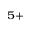
^ { 5 + }